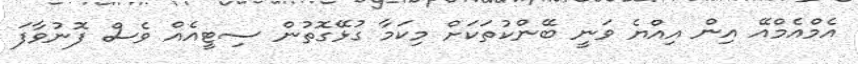
އެމްއެމްއޭ އިން އިއްޔެ ވަނީ ބޭންކުތަކަށް މިކަމާ ގުޅޭގޮތުން ސިޓީއެއް ވެސް ފޮނުވާފަ